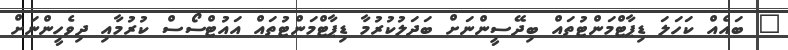
" ބައެއް ކަހަލަ ޑިޕާޓްމަންޓުތައް ބިދޭސީންނަށް ބަދަލުކުރުމާ ޑިޕާޓްމަންޓުތައް އައުޓްސޯސް ކުރުމާއި ދިވެހީންނަށް